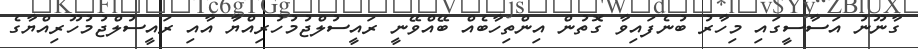
ގާނޫނު އަސާސީގައި މިހާރު ބުނެފައިވާ ގޮތުން އިންތިހާބެއް ބޭއްވޭނީ ރައީސުލްޖުމުހުރިއްޔާ އާއި ރައީސުލްޖުމުހޫރިއްޔާގެ